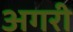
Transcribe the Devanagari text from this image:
अगरी